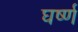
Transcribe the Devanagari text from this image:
घर्ष्ण